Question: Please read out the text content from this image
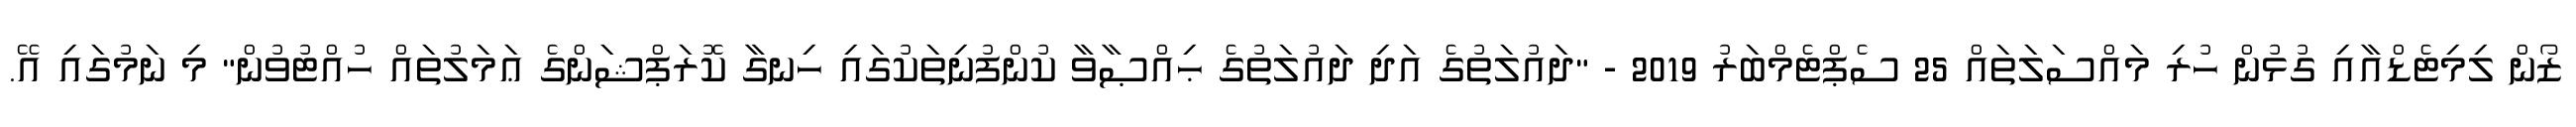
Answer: ޒޯން ލިމިޓެޑްއާއި ގުޅުން ހުރި މައްސަލަތައް 25 ސެޕްޓެމްބަރު 2019 - "ދައުލަތުގެ އަދި ދައުލަތުގެ ޙިއްޞާވާ ކުންފުނިތަކުގައި ހިނގާ ކޮރަޕްޝަންގެ ޢަމަލުތައް ހުއްޓުވުން" މި ނަމުގައި އޭ.